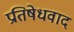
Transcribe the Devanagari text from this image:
प्रतिषेधवाद